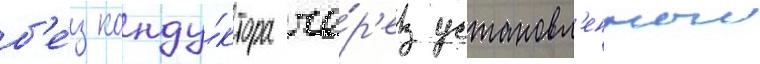
б'е́з конду́ктора че́р'ез установл'енныи